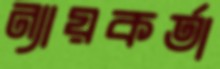
ন্যায়কর্তা